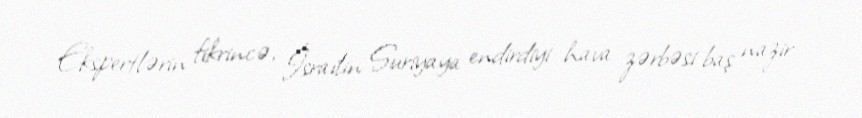
Ekspertlərin fikrincə, İsrailin Suriyaya endirdiyi hava zərbəsi baş nazir